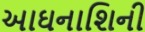
આઘનાશિની